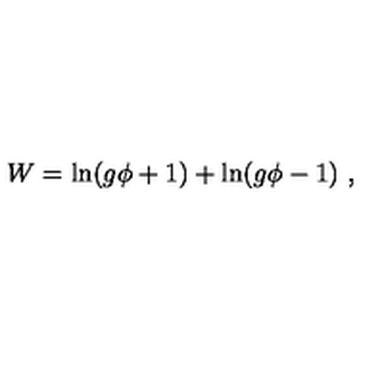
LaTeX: W = \ln ( g \phi + 1 ) + \ln ( g \phi - 1 ) \ ,